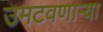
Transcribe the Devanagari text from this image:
उमटवणाऱ्या